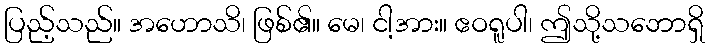
ပြည့်သည်။ အဟောသိ၊ ဖြစ်၏။ မေ၊ ငါ့အား။ ဧဝရူပါ၊ ဤသို့သဘောရှိ